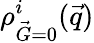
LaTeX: {\rho_{\vec{G}=0}^{i}(\vec{q})}